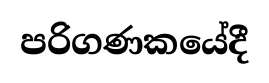
පරිගණකයේදී